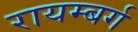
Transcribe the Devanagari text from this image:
रायम्बर्ग